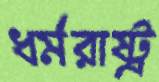
ধর্মরাষ্ট্র